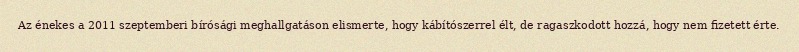
Az énekes a 2011 szeptemberi bírósági meghallgatáson elismerte, hogy kábítószerrel élt, de ragaszkodott hozzá, hogy nem fizetett érte.